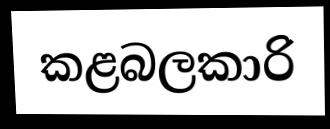
කළබලකාරි